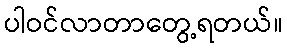
ပါဝင်လာတာတွေ့ရတယ်။